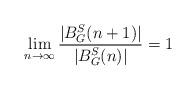
LaTeX: \begin{align*} \lim_{n\rightarrow\infty}\frac{|B_G^S(n+1)|}{|B_G^S(n)|}=1\end{align*}